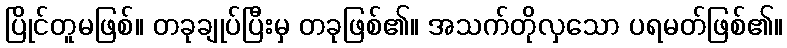
ပြိုင်တူမဖြစ်။ တခုချုပ်ပြီးမှ တခုဖြစ်၏။ အသက်တိုလှသော ပရမတ်ဖြစ်၏။